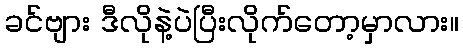
ခင်ဗျား ဒီလိုနဲ့ပဲပြီးလိုက်တော့မှာလား။